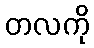
တလကို